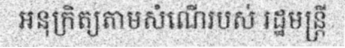
អនុក្រិត្យតាមសំណើរបស់ រដ្ឋមន្ត្រី